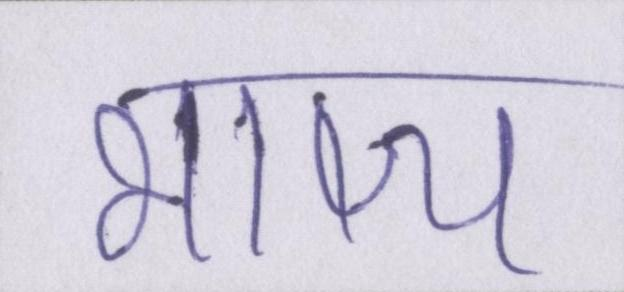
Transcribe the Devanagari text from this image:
भाष्य